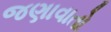
જણાવાતો